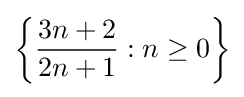
\left\{{\frac {3n+2}{2n+1}}:n\geq 0\right\}